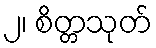
၂၊ စိတ္တသုတ်